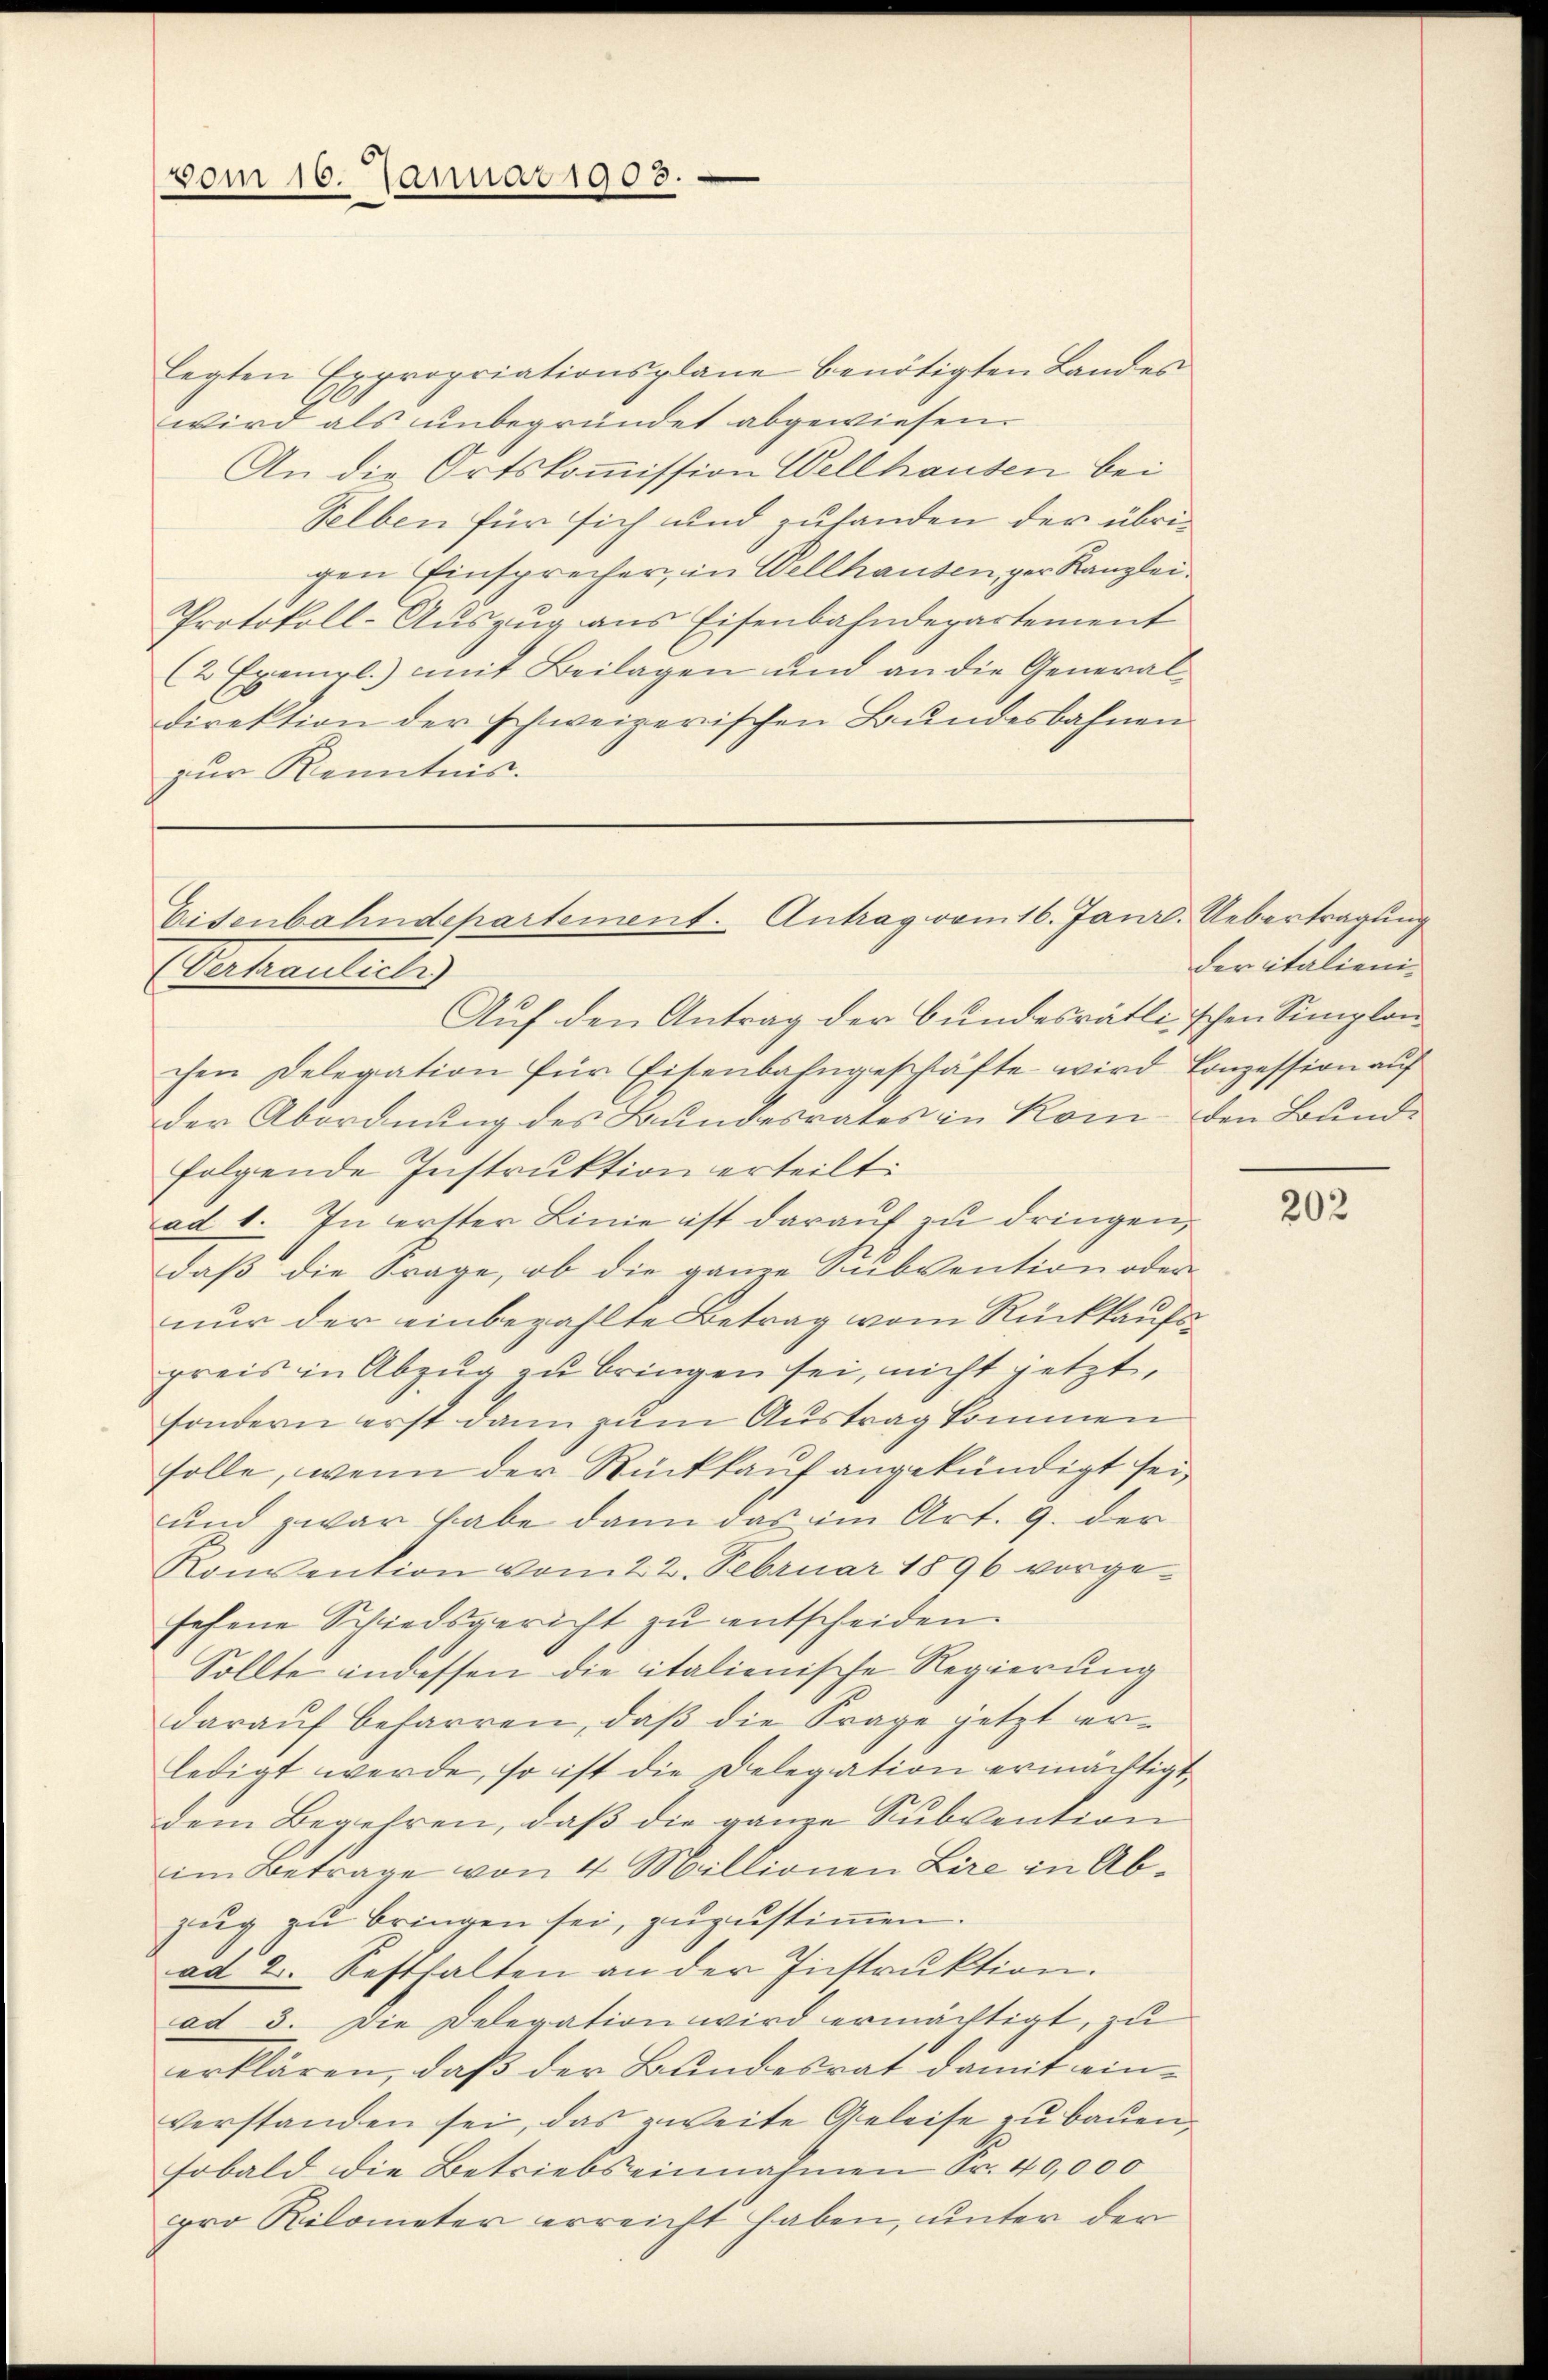
vom 16. Januar 1903.

legten Expropriationsplane benötigten Landes
wird als unbegründet abgewiesen.
An die Ortskommission Wellhausen bei
selben für sich und zufanden der übrigen Einsprecher in Vellhausen, ger Kanzlei-
Protokoll-Auszug aus Eisenbahnderartement
(2 Exemrl.) mit Beilagen und an die Generaldirektion der schweizerischen Bundesbahnen
zur Kenntnis.

Eisenbahndepartement. Antrag vom 16. Janr. Uebertragung

Vertrautuli
Auf den Antrag der Bundesrätlischen Simplonchen Delegation für Eisenbahngeschäfte wird Conzession aŭf
der Abordnung des Bundesrates in Rom den Bunde
folgende Instruktion erteilt:
ad 1. In erster Linie ist darauf zu dringen,
daß die Frage, ob die ganze Subvention oder
nur der einbezahlte Betrag vom Rückkaufspreis in Abzug zu bringen sei, nicht jetzt,
sondern erst dann zum Austrag kommen
solle, wenn der Rückkauf angekündigt sei,
und zwar habe dann das im Art. 9. der
Konvention vom 22. Februar 1896 vorgesehene Schiedsgericht zŭ entscheiden.
Sollte indessen die italienische Regierung
daraŭf befarren, daβ die Frage jetzt er-
ledigt werde, so ist die Delegation ermächtigt,
dem Begehren, daß die ganze Subvention
im Betrage von 4 Millionen Lire in Abzŭg zŭ bringen sei, zŭzŭstiṁen.
ad 2. Festhalten an der Instruktion.
ad 3. Die Delegation wird ermächtigt, zu
erklären, daß der Bundesrat damit ein-
verstanden sei, das zweite Geleise zu bauen,
sobald die Betriebs einnahmen Fr. 40,000
pro Rilometer erreicht haben, unter der

der italieni¬

202